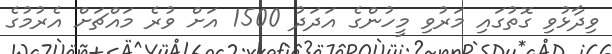
ވިދާޅުވި ގޮތުގައި މަރުވި މީހުންގެ އަދަދު 1500 އަށް ވުރެ މައްޗަށް އެރުމުގެ